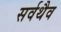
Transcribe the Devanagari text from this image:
सर्वथैव